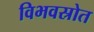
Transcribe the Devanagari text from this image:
विभवस्रोत